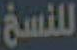
للنسخ